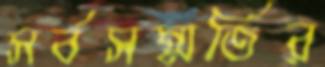
সর্বসম্মতির